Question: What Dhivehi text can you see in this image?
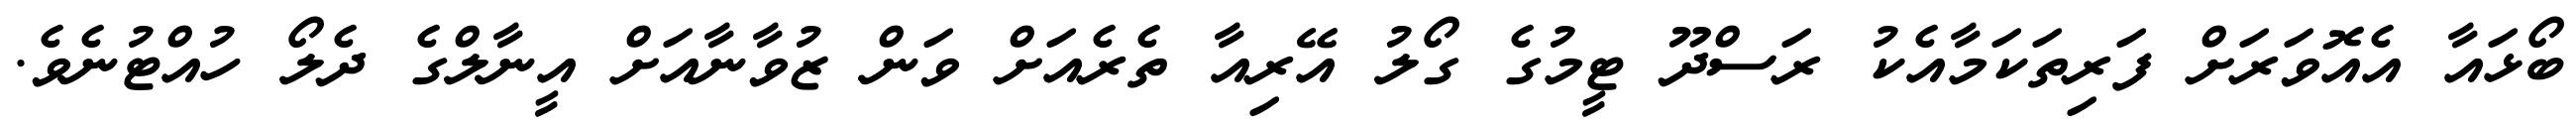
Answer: ބޯޅައާ އެއޮވަރަށް ފަރިތަކަމާއެކު ރަސްދޫ ޓީމުގެ ގޯލު އޭރިއާ ތެރެއަށް ވަން ޒުވާނާއަށް އީނާލްގެ ދެލޯ ހުއްޓުނެވެ.